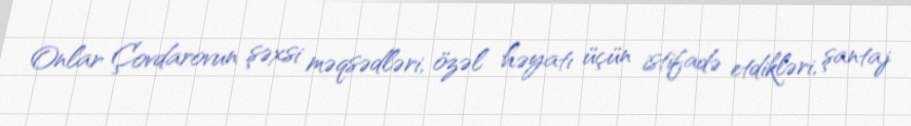
Onlar Çovdarovun şəxsi məqsədləri, özəl həyatı üçün istifadə etdikləri, şantaj